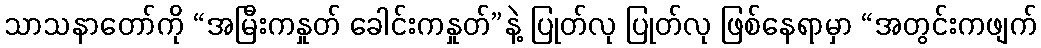
သာသနာတော်ကို “အမြီးကနှုတ် ခေါင်းကနှုတ်”နဲ့ ပြုတ်လု ပြုတ်လု ဖြစ်နေရာမှာ “အတွင်းကဖျက်